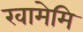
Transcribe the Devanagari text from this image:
खामेमि